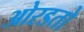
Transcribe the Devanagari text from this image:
ओरडतो